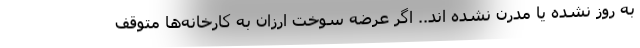
به روز نشده یا مدرن نشده اند.. اگر عرضه سوخت ارزان به کارخانه‌ها متوقف